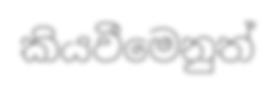
කියවීමෙනුත්